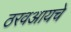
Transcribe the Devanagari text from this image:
ठरवआयचे